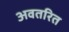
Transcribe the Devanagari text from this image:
अवतरित